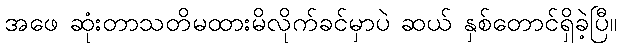
အဖေ ဆုံးတာသတိမထားမိလိုက်ခင်မှာပဲ ဆယ် နှစ်တောင်ရှိခဲ့ပြီ။